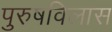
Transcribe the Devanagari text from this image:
पुरुषविलास